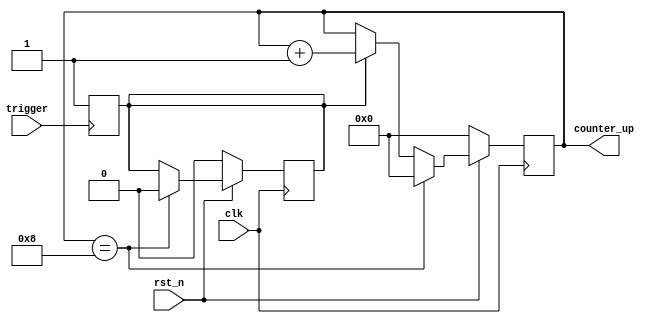
module trigger_up_counter_UB(clk, rst_n, trigger, counter_up);
    parameter W = 4;
    parameter UPPER_BOUND = 8;
    input clk, rst_n, trigger;
    output reg [W-1:0]counter_up;

    reg triggered;
    always@(posedge trigger)begin
        triggered <= 1;
    end
    
    always@(posedge clk)begin
        if(~rst_n) begin
            counter_up <= 0;
            triggered <= 0;
        end
        else if(counter_up == UPPER_BOUND) begin
            counter_up <= 0;
            triggered <= 0;
        end
        else if(triggered) counter_up <= counter_up + 1;
    end
endmodule